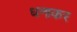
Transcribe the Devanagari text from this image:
धनाकर